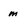
Character: m